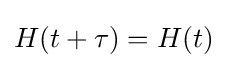
H(t+\tau )=H(t)